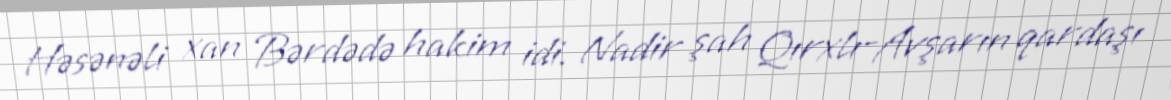
Həsənəli xan Bərdədə hakim idi. Nadir şah Qırxlı-Avşarın qardaşı